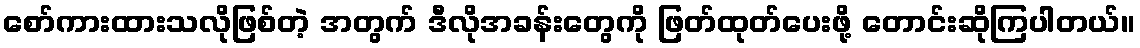
စော်ကားထားသလိုဖြစ်တဲ့ အတွက် ဒီလိုအခန်းတွေကို ဖြတ်ထုတ်ပေးဖို့ တောင်းဆိုကြပါတယ်။